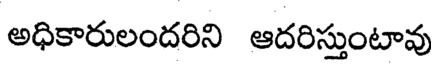
అధికారులందరిని ఆదరిస్తుంటావు